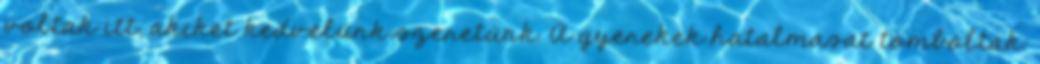
voltak itt, akiket kedvelünk szeretünk. A gyerekek hatalmasat tomboltak.